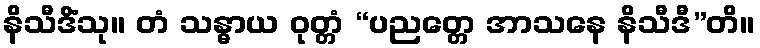
နိသီဒိံသု။ တံ သန္ဓာယ ဝုတ္တံ “ပညတ္တေ အာသနေ နိသီဒီ”တိ။